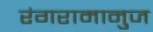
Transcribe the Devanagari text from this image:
रंगरामानुज